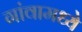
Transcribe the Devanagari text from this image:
गांवामध्ये